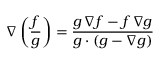
\nabla \left( { \frac { f } { g } } \right) = { \frac { g \, \nabla f - f \, \nabla g } { g \cdot ( g - \nabla g ) } }